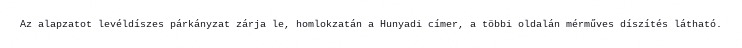
Az alapzatot levéldíszes párkányzat zárja le, homlokzatán a Hunyadi címer, a többi oldalán mérműves díszítés látható.